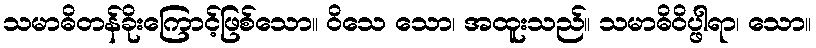
သမာဓိတန်ခိုးကြောင့်ဖြစ်သော။ ဝိသေ သော၊ အထူးသည်။ သမာဓိဝိပ္ဖါရာ၊ သော။